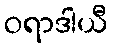
ဝရာဒါယီ